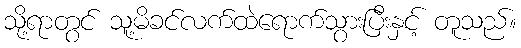
သို့ရာတွင် သူ့မိခင်လက်ထဲရောက်သွားပြီးနှင့် တူသည်။